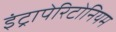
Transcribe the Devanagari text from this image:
इंट्रापेरिटोनियम